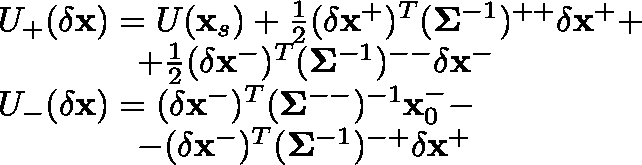
\begin{array} { r l } & { U _ { + } ( \delta \mathbf { x } ) = U ( \mathbf { x } _ { s } ) + \frac { 1 } { 2 } ( \delta \mathbf { x } ^ { + } ) ^ { T } ( \mathbf { \Sigma } ^ { - 1 } ) ^ { + + } \delta \mathbf { x } ^ { + } + } \\ & { \ \ \ \ \ \ \ \ \ \ \ \ + \frac { 1 } { 2 } ( \delta \mathbf { x } ^ { - } ) ^ { T } ( \mathbf { \Sigma } ^ { - 1 } ) ^ { -- } \delta \mathbf { x } ^ { - } } \\ & { U _ { - } ( \delta \mathbf { x } ) = ( \delta \mathbf { x } ^ { - } ) ^ { T } ( \mathbf { \Sigma } ^ { -- } ) ^ { - 1 } \mathbf { x } _ { 0 } ^ { - } - } \\ & { \ \ \ \ \ \ \ \ \ \ \ \ - ( \delta \mathbf { x } ^ { - } ) ^ { T } ( \mathbf { \Sigma } ^ { - 1 } ) ^ { - + } \delta \mathbf { x } ^ { + } } \end{array}